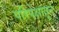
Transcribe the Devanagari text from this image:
परिपेक्षातून